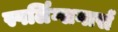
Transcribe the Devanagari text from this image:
स्पर्लिंग्सगार्स